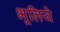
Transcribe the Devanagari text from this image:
भूलिये